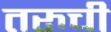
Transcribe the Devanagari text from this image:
तरुची